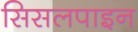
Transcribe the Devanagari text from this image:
सिसलपाइन